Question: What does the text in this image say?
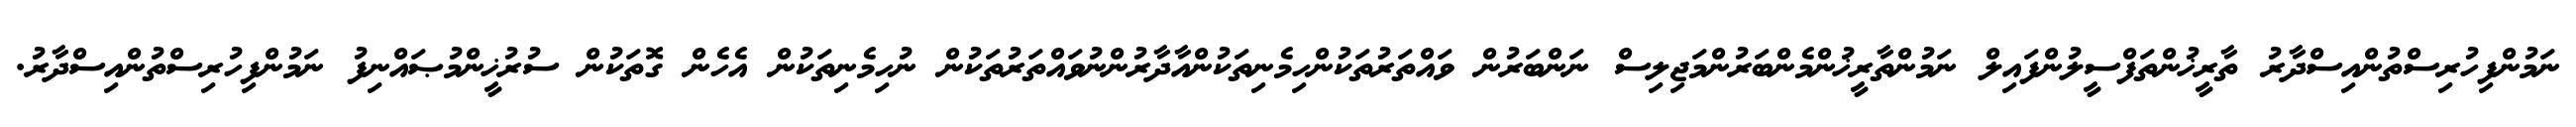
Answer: ނަމުންފިހުރިސްތުންއިސްދާރު ތާރީޚުންތަފްސީލުންފައިލް ނަމުންތާރީޚުންމެންބަރުންމަޖިލިސް ނަންބަރުން ވައްތަރުތަކުންހިމެނިތަކުންއާދާރުންނުވައްތަރުތަކުން ނުހިމެނިތަކުން އެހެން ގޮތަކުން ސުރުޚީންމުޞައްނިފު ނަމުންފިހުރިސްތުންއިސްދާރު.